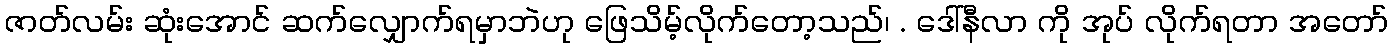
ဇာတ်လမ်း ဆုံးအောင် ဆက်လျှောက်ရမှာဘဲဟု ဖြေသိမ့်လိုက်တော့သည်၊ . ဒေါ်နီလာ ကို အုပ် လိုက်ရတာ အတော်